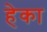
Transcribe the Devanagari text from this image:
हेका